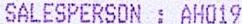
SALESPERSON : AH019